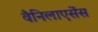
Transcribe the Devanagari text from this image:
वैनिलाएसेंस